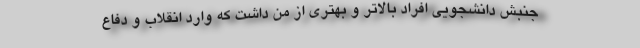
جنبش دانشجویی افراد بالاتر و بهتری از من داشت که وارد انقلاب و دفاع